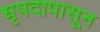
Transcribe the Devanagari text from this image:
धृपदापासून